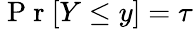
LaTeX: \mathrm{~P~r~}[Y\leq y]=\tau